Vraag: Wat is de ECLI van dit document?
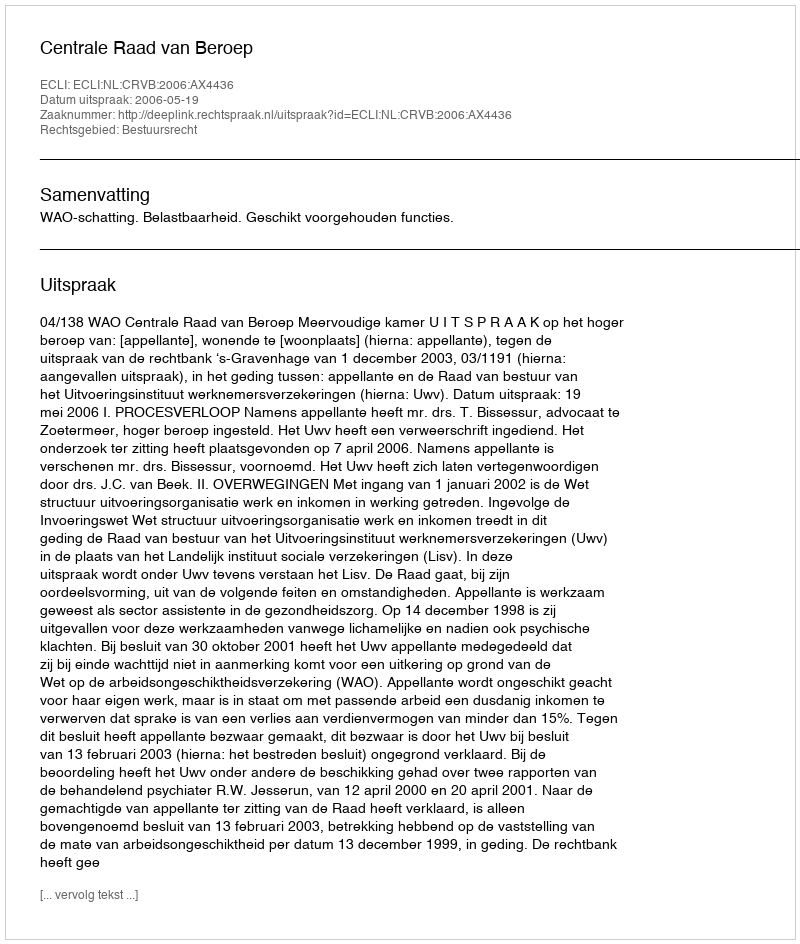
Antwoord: ECLI:NL:CRVB:2006:AX4436